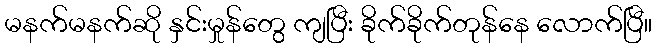
မနက်မနက်ဆို နှင်းမှုန်တွေ ကျပြီး ခိုက်ခိုက်တုန်နေ လောက်ပြီ။